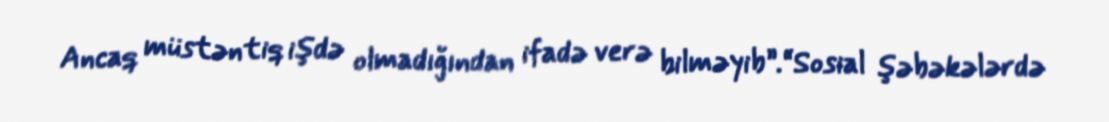
Ancaq müstəntiq işdə olmadığından ifadə verə bilməyib”.“Sosial şəbəkələrdə